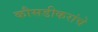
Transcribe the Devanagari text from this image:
कौसडीकरांचे